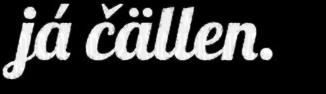
já čällen.